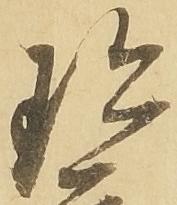
珍